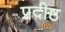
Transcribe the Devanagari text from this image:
प्रदीष्ठ